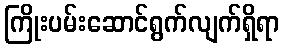
ကြိုးပမ်းဆောင်ရွက်လျက်ရှိရာ